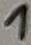
Text: 1